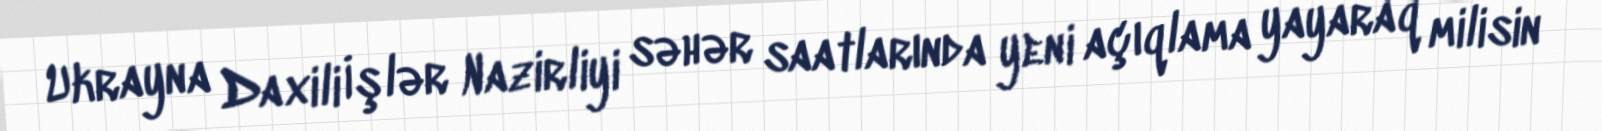
Ukrayna Daxili İşlər Nazirliyi səhər saatlarında yeni açıqlama yayaraq milisin